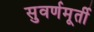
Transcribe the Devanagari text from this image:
सुवर्णमूर्ती